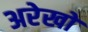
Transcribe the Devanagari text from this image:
अरेखों